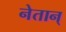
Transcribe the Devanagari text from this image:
नेतान्